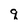
Character: q